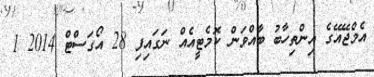
އެމްޖޭއޭގެ އިންތިހާބު ބާއްވަން ކޮމެޓީއެއް ނަގައިފި 28 އޯގަސްޓް 2014 1